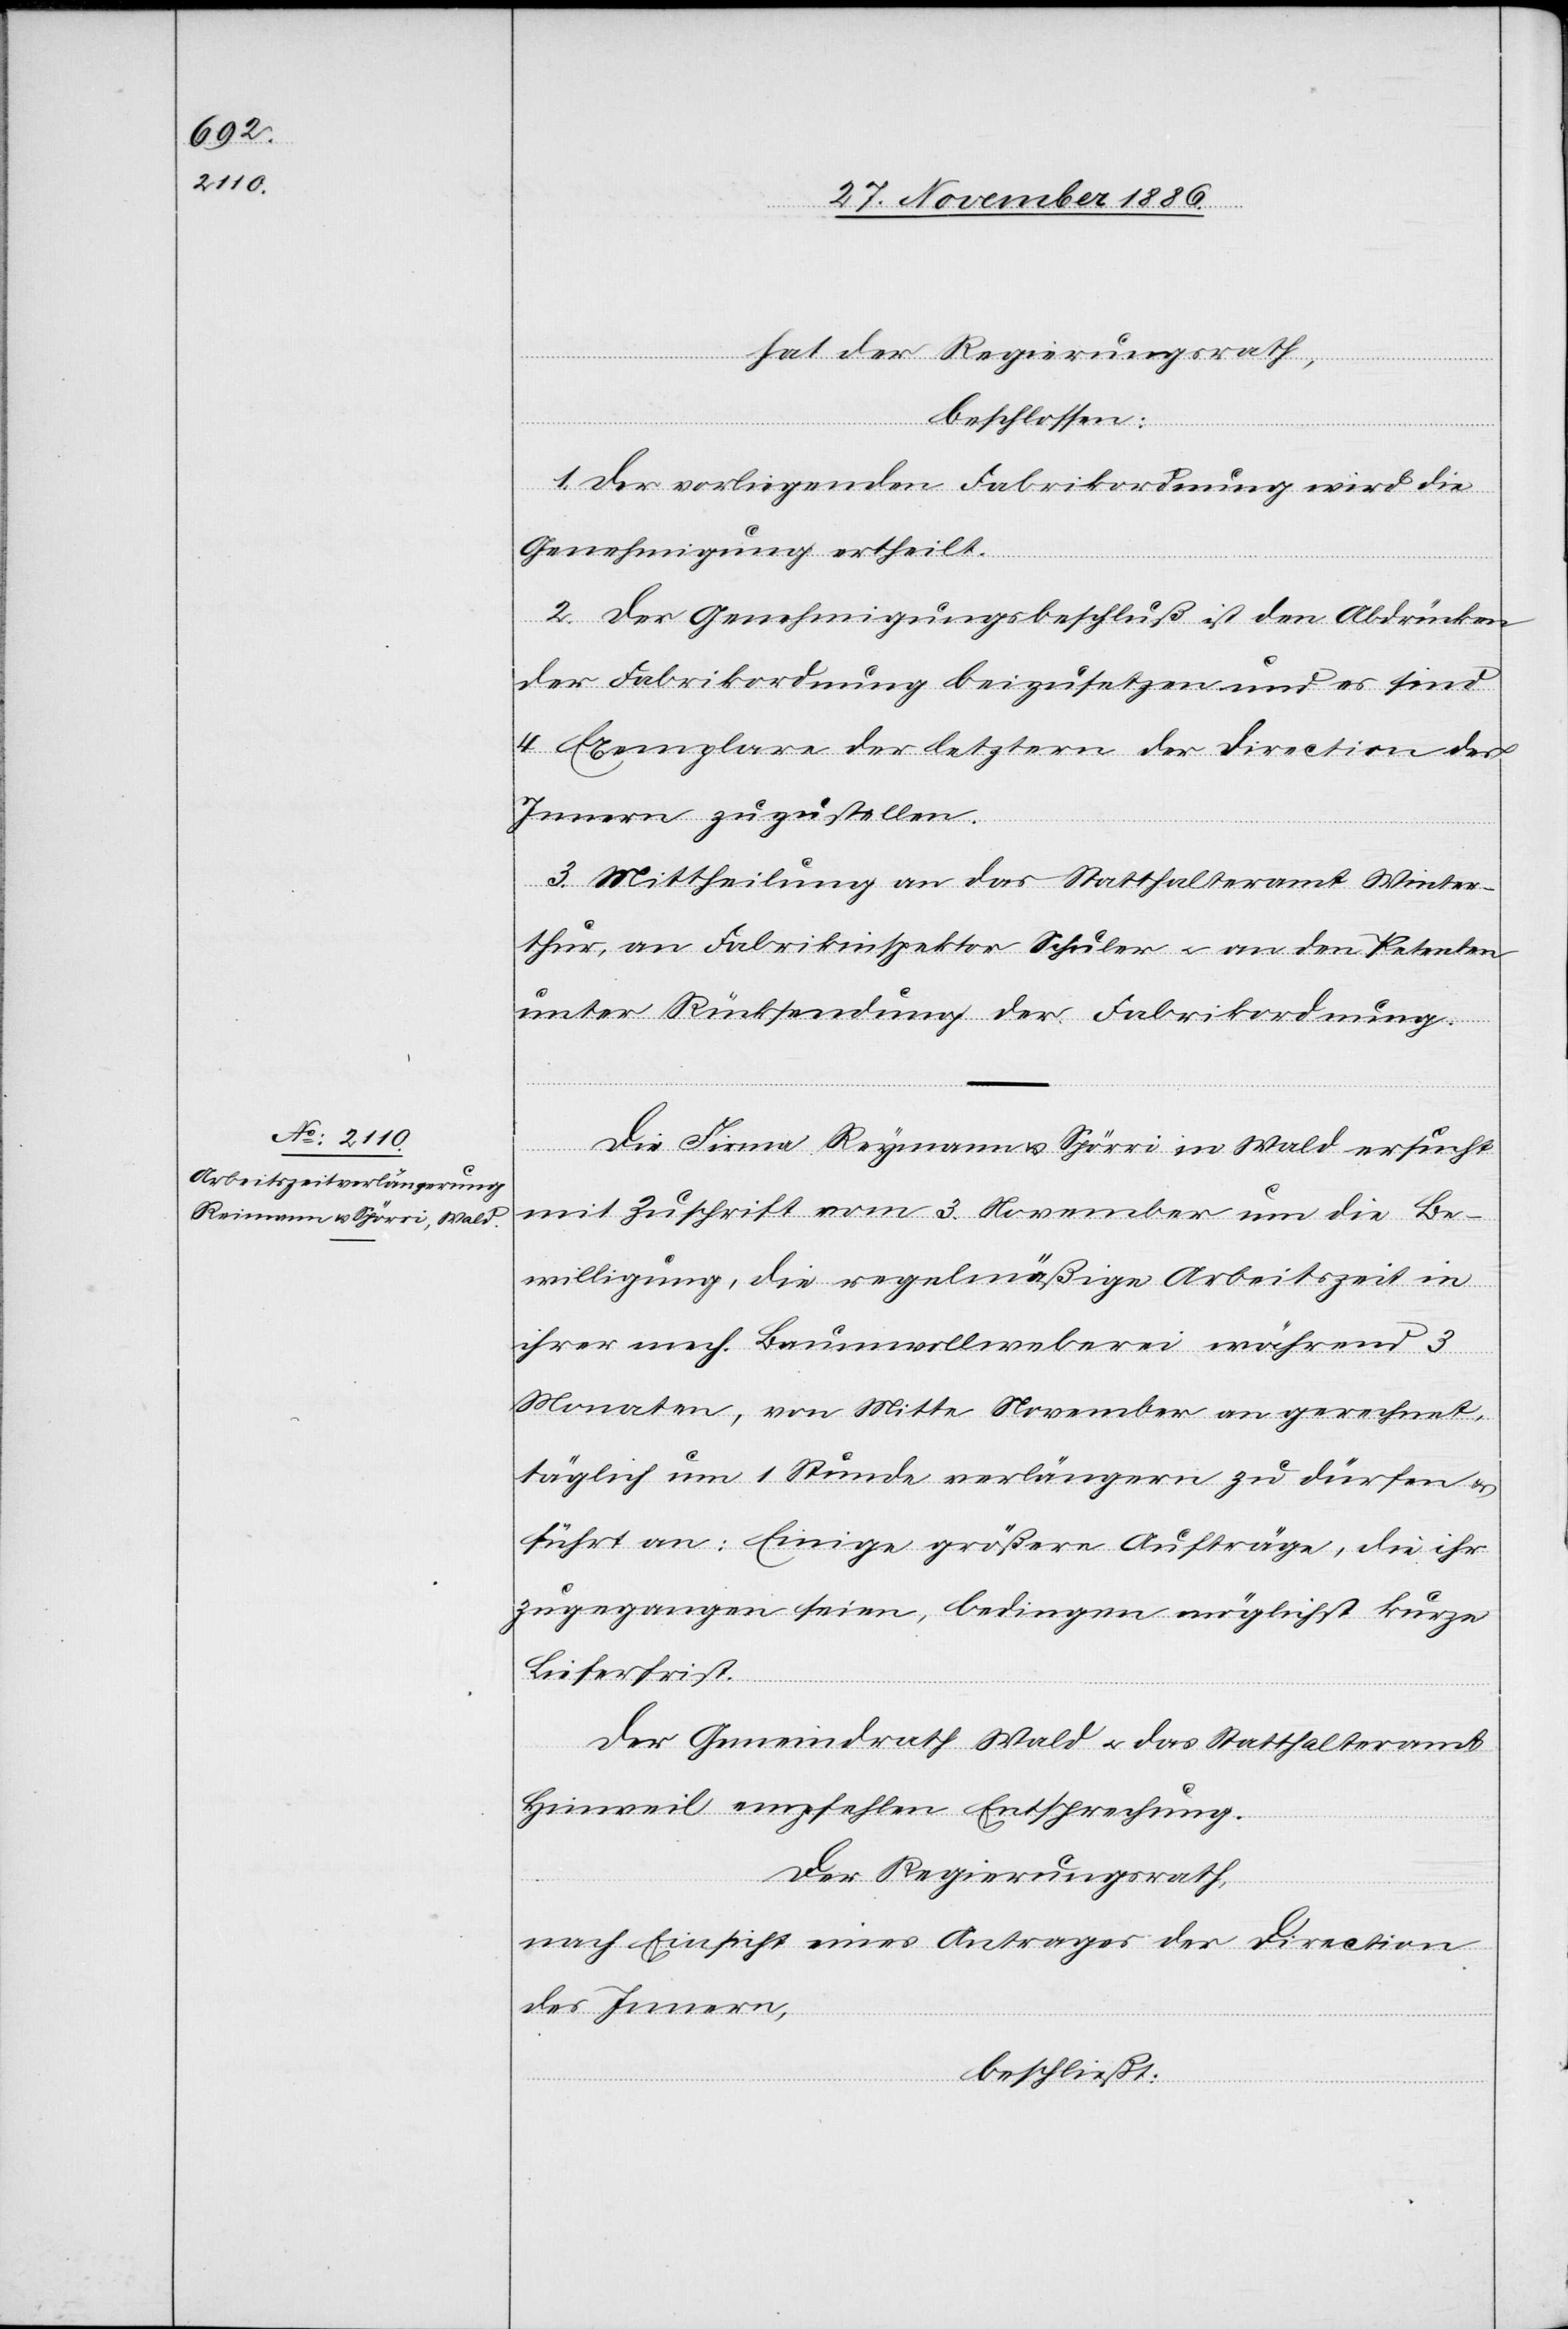
hat der Regierungsrath,
beschlossen:
1. Der vorliegenden Fabrikordnung wird die
Genehmigung ertheilt.
2. Der Genehmigungsbeschluß ist den Abdrücken
der Fabrikordnung beizusetzen und es sind
4 Exemplare der letztern der Direction des
Innern zuzustellen.
3. Mittheilung an das Statthalteramt Winter¬
thur, an Fabrikinspektor Schuler & an den Petenten
unter Rücksendung der Fabrikordnung.
Die Firma Reymann [sic!] & Spörri in Wald ersucht
mit Zuschrift vom 3. November um die Be¬
willigung, die regelmäßige Arbeitszeit in
ihrer mech. Baumwollweberei während 3
Monaten, von Mitte November an gerechnet,
täglich um 1 Stunde verlängern zu dürfen &
führt an: Einige größere Aufträge, die ihr
zugegangen seien, bedingen möglichst kurze
Lieferfrist.
Der Gemeindrath Wald & das Statthalteramt
Hinweil empfehlen Entsprechung.
Der Regierungsrath,
nach Einsicht eines Antrages der Direction
des Innern,
beschließt: